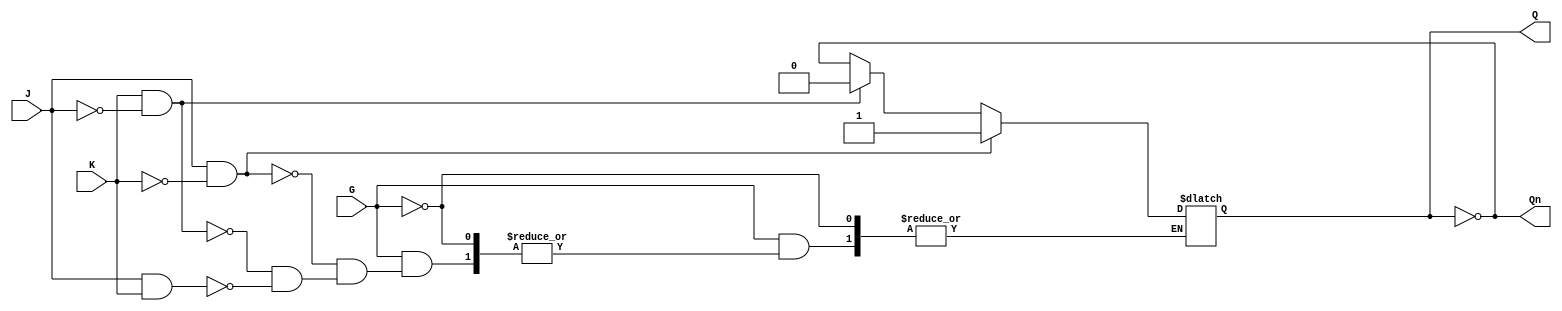
module GatedJKLatch (
    input wire J,      // Set input
    input wire K,      // Reset input
    input wire G,      // Enable input
    output reg Q,      // Output Q
    output wire Qn     // Complementary output Q'
);

// Internal signal to hold the next state
wire next_Q;

// Combinational logic to determine the next state based on J, K, and G
assign next_Q = (G) ? (J & ~K) ? 1'b1 : 
                 (K & ~J) ? 1'b0 : 
                 (J & K) ? ~Q : 
                 Q : Q; // Hold state when G is low

// Sequential logic to update the output Q on the rising edge of G
always @(G or next_Q) begin
    if (G) begin
        Q <= next_Q; // Update Q when G is high
    end
    // When G is low, Q retains its state
end

// Complementary output
assign Qn = ~Q;

endmodule